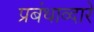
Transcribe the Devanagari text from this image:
प्रबंधाव्दारे